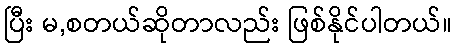
ပြီး မ,စတယ်ဆိုတာလည်း ဖြစ်နိုင်ပါတယ်။